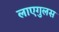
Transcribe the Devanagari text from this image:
लाएगुलस